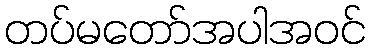
တပ်မတော်အပါအဝင်